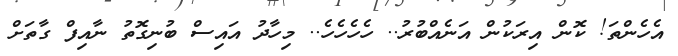
އެހެންތަ! ކޮން އިރަކުން އަނެއްބުރު.. ހެހެހެހެ.. މިހާދު އައިސް ބުނިގޮތު ނާއިފް ގާތަށް